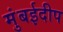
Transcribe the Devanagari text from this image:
मुंबईदीप